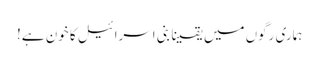
ہماری رگوں میں یقینا بنی اسرائیل کا خون ہے!